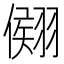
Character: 𦑤